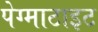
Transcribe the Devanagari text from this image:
पेग्माटाइट